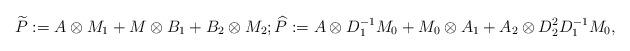
LaTeX: \begin{align*}&\widetilde{P} := A \otimes M_1 + M \otimes B_1 + B_2 \otimes M_2; \widehat{P} := A\otimes D_1^{-1}M_0 + M_0 \otimes A_1 + A_2 \otimes D_2^{2} D_1^{-1}M_0,\end{align*}